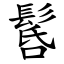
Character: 䯺